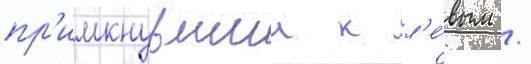
пр'имкнувшии к л'е́вым /